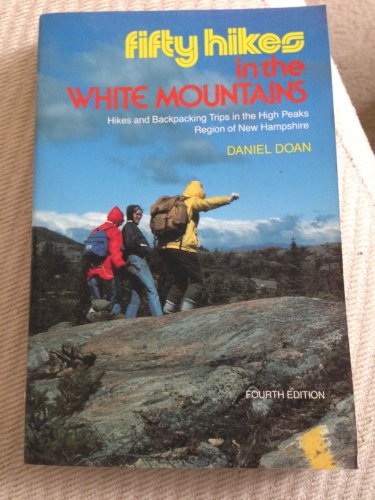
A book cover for Fifty Hikes in the White Mountains: Hikes and Backpacking Trips in the High Peaks Region of New Hampshire (Fifty Hikes Series.); Daniel Doan; Travel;